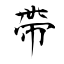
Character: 帶